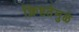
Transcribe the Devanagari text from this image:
क्लिष्टतेमुळे